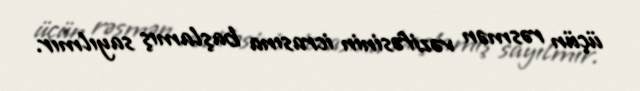
üçün rəsmən vəzifəsinin icrasına başlamış sayılmır.